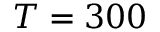
T = 3 0 0